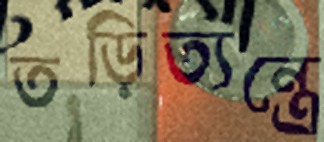
তড়িত্যন্ত্রে